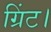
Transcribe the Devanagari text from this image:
ग्रिंट।